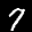
Label: 7